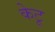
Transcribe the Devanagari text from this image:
केटू